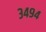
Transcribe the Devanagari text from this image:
३४९४